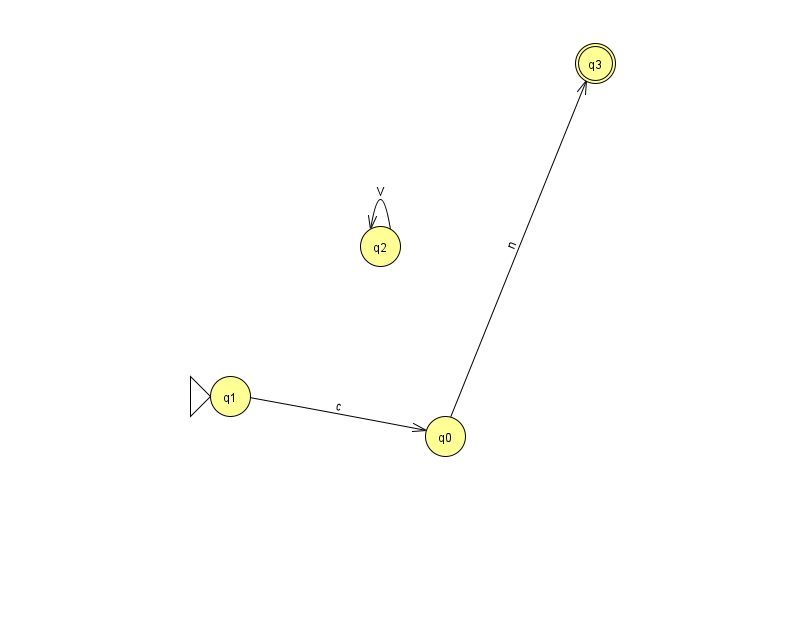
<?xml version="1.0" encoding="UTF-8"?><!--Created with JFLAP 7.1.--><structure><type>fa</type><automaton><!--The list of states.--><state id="0" name="q0"><x>445.0</x><y>423.0</y></state><state id="1" name="q1"><x>230.0</x><y>383.0</y><initial/></state><state id="2" name="q2"><x>380.0</x><y>233.0</y></state><state id="3" name="q3"><x>595.0</x><y>50.0</y><final/></state><!--The list of transitions.--><transition><from>0</from><to>3</to><read>n</read></transition><transition><from>2</from><to>2</to><read>V</read></transition><transition><from>1</from><to>0</to><read>c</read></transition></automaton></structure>